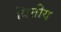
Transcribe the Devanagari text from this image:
वित्तीय